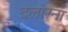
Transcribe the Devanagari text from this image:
दलारना